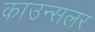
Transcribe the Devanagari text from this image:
काउन्सलर